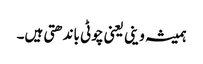
ہمیشہ وینی یعنی چوٹی باندھتی ہیں۔